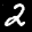
Label: 2